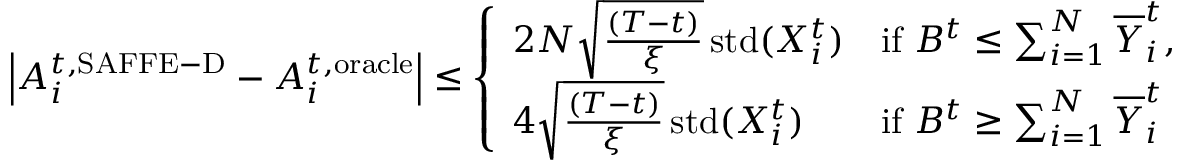
\begin{array} { r } { \left\vert A _ { i } ^ { t , \mathrm { S A F F E - D } } - A _ { i } ^ { t , \mathrm { o r a c l e } } \right\vert \leq \left\{ \begin{array} { l l } { 2 N \sqrt { \frac { ( T - t ) } { { \xi } } } \operatorname { s t d } ( X _ { i } ^ { t } ) } & { \mathrm { i f ~ } B ^ { t } \leq \sum _ { i = 1 } ^ { N } \overline { { Y } } _ { i } ^ { t } , } \\ { 4 \sqrt { \frac { ( T - t ) } { { \xi } } } \operatorname { s t d } ( X _ { i } ^ { t } ) } & { \mathrm { i f ~ } B ^ { t } \geq \sum _ { i = 1 } ^ { N } \overline { { Y } } _ { i } ^ { t } } \end{array} \right. } \end{array}